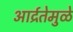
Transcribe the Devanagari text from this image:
आर्द्रतेमुळे